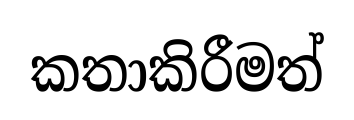
කතාකිරීමත්